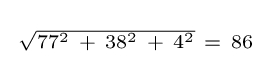
{\begin{smallmatrix}{\sqrt {77^{2}\ +\ 38^{2}\ +\ 4^{2}}}\ =\ 86\end{smallmatrix}}